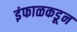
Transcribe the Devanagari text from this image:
इंफाळकडून